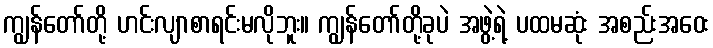
ကျွန်တော်တို့ ဟင်းလျာစာရင်းမလိုဘူး။ ကျွန်တော်တို့ခုပဲ အဖွဲ့ရဲ့ ပထမဆုံး အစည်းအဝေး